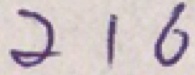
2 1 6